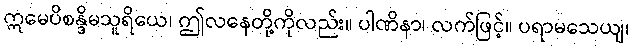
ဣမေပိစန္ဒိမသူရိယေ၊ ဤလနေတို့ကိုလည်း။ ပါဏိနာ၊ လက်ဖြင့်။ ပရာမသေယျ၊